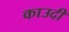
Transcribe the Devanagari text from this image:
काउदी